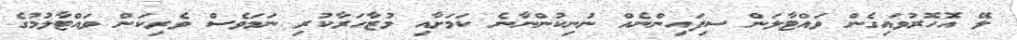
ލޭ އޮހޮރުވައިގެން ވައްޓާލަން ސިފައިންނެއް ނުނިކުންނާނެ ކަމަށާއި މުޒާހަރާކުރި ނަމަވެސް ވެރިކަން ވައްޓާލުމުގެ